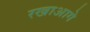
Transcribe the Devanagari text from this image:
रखाआगे